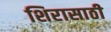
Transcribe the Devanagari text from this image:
शिरासाठी